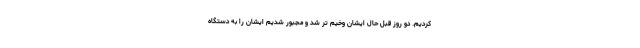
کردیم. دو روز قبل حال ایشان وخیم تر شد و مجبور شدیم ایشان را به دستگاه